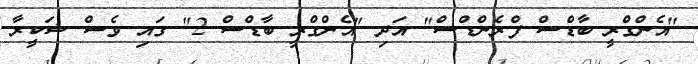
"އެންގްރީ ބާޑްސް ފްރެންޑްސް" އަދި "އެންގްރީ ބާޑްސް 2" ގައި ވެސް ޝަކީރާ